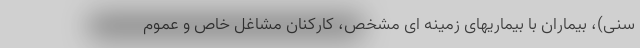
سنی)، بیماران با بیماریهای زمینه ای مشخص، کارکنان مشاغل خاص و عموم